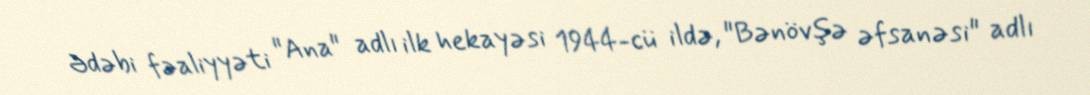
Ədəbi fəaliyyəti "Ana" adlı ilk hekayəsi 1944-cü ildə, "Bənövşə əfsanəsi" adlı